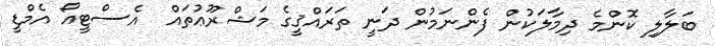
ބަލާލި ކޮންމެ ދިމާލަކުން ފެންނަމުން ދަނީ ތަރައްޤީގެ މަޝްރޫޢުތައް  އެސްޓީއޯ އެމްޑީ